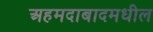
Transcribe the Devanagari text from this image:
अहमदाबादमधील